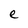
Character: e